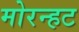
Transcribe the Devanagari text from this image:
मोरन्हट